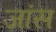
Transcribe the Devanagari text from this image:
जांस